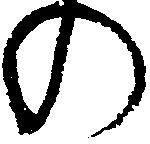
の